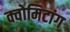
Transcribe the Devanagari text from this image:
क्वोमिटांग